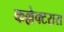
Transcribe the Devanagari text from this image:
कल्लेक्टरास